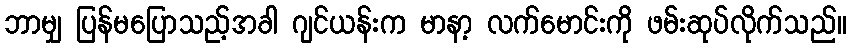
ဘာမျှ ပြန်မပြောသည့်အခါ ဂျင်ယန်းက မာနာ့ လက်မောင်းကို ဖမ်းဆုပ်လိုက်သည်။